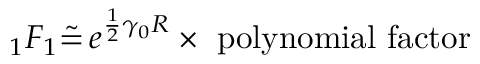
_ 1 F _ { 1 } \tilde { = } \, e ^ { \frac 1 2 \gamma _ { 0 } R } \times \mathrm { ~ p o l y n o m i a l ~ f a c t o r }